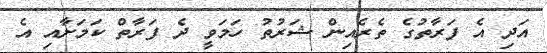
އަދި އެ ފަރާތުގެ ތެރެއިން ޝަރުތު ހަމަވީ ދެ ފަރާތް ކަމަށާއި އެ